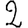
Digit: 2